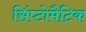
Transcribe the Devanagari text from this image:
सिंप्टोमैटिक